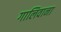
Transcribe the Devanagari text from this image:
गालिवाना